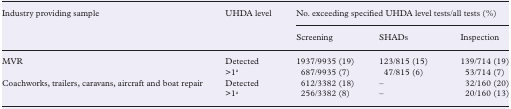
<table><thead><tr><td rowspan="2"><b>Industry providing sample</b></td><td rowspan="2"><b>UHDA level</b></td><td colspan="3"><b>No. exceeding specified UHDA level tests/all tests (%)</b></td></tr><tr><td><b>Screening</b></td><td><b>SHADs</b></td><td><b>Inspection</b></td></tr></thead><tbody><tr><td rowspan="2">MVR</td><td>Detected</td><td>1937/9935 (19)</td><td>123/815 (15)</td><td>139/714 (19)</td></tr><tr><td>&gt;1<sup>a</sup></td><td>687/9935 (7)</td><td>47/815 (6)</td><td>53/714 (7)</td></tr><tr><td rowspan="2">Coachworks, trailers, caravans, aircraft and boat repair</td><td>Detected</td><td>612/3382 (18)</td><td>–</td><td>32/160 (20)</td></tr><tr><td>&gt;1<sup>a</sup></td><td>256/3382 (8)</td><td>–</td><td>20/160 (13)</td></tr></tbody></table>